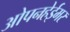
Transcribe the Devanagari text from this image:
ओपनहेईमर